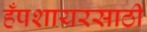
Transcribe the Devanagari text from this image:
हँपशायरसाठी